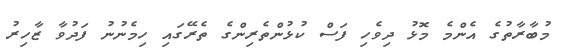
މުބާރާތުގެ އެންމެ މޮޅު ދިވެހި ފަސް ކުޅުންތެރިންގެ ތެރޭގައި ހިމެނުނު ފަދުވާ ޒާހިރު